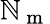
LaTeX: \mathbb{N}_{\mathrm{{~m~}}}